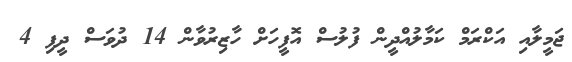
ޖަމީލާއި އަކްރަމް ކަމާލުއްދީން ފުލުސް އޮފީހަށް ހާޒިރުވާން 14 ދުވަސް ދީފި 4